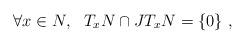
LaTeX: \begin{align*}\forall x\in N,~~ T_xN \cap JT_xN = \{0\}~,\end{align*}